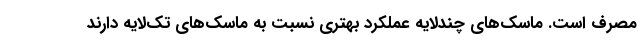
مصرف است. ماسک‌های چندلایه عملکرد بهتری نسبت به ماسک‌های تک‌لایه دارند